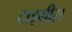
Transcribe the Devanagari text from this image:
टाइग्रीस